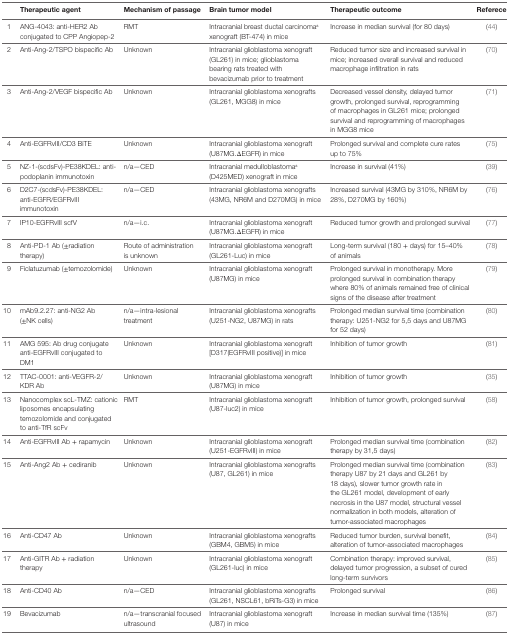
<table><thead><tr><td></td><td><b>Therapeutic agent</b></td><td><b>Mechanism of passage</b></td><td><b>Brain tumor model</b></td><td><b>Therapeutic outcome</b></td><td><b>Referece</b></td></tr></thead><tbody><tr><td>1</td><td>ANG-4043: anti-HER2 Ab conjugated to CPP Angiopep-2</td><td>RMT</td><td>Intracranial breast ductal carcinoma<sup>a</sup> xenograft (BT-474) in mice</td><td>Increase in median survival (for 80 days)</td><td>(44)</td></tr><tr><td>2</td><td>Anti-Ang-2/TSPO bispecific Ab</td><td>Unknown</td><td>Intracranial glioblastoma xenograft (GL261) in mice; glioblastoma bearing rats treated with bevacizumab prior to treatment</td><td>Reduced tumor size and increased survival in mice; increased overall survival and reduced macrophage infiltration in rats</td><td>(70)</td></tr><tr><td>3</td><td>Anti-Ang-2/VEGF bispecific Ab</td><td>Unknown</td><td>Intracranial glioblastoma xenografts (GL261, MGG8) in mice</td><td>Decreased vessel density, delayed tumor growth, prolonged survival, reprogramming of macrophages in GL261 mice; prolonged survival and reprogramming of macrophages in MGG8 mice</td><td>(71)</td></tr><tr><td>4</td><td>Anti-EGFRvIII/CD3 BiTE</td><td>Unknown</td><td>Intracranial glioblastoma xenograft (U87MG.ΔEGFR) in mice</td><td>Prolonged survival and complete cure rates up to 75%</td><td>(75)</td></tr><tr><td>5</td><td>NZ-1-(scdsFv)-PE38KDEL: anti-podoplanin immunotoxin</td><td>n/a—CED</td><td>Intracranial medulloblastoma<sup>a</sup> (D425MED) xenograft in mice</td><td>Increase in survival (41%)</td><td>(39)</td></tr><tr><td>6</td><td>D2C7-(scdsFv)-PE38KDEL: anti-EGFR/EGFRvIII immunotoxin</td><td>n/a—CED</td><td>Intracranial glioblastoma xenografts (43MG, NR6M and D270MG) in mice</td><td>Increased survival (43MG by 310%, NR6M by 28%, D270MG by 160%)</td><td>(76)</td></tr><tr><td>7</td><td>IP10-EGFRvIII scfV</td><td>n/a—i.c.</td><td>Intracranial glioblastoma xenograft (U87MG.ΔEGFR) in mice</td><td>Reduced tumor growth and prolonged survival</td><td>(77)</td></tr><tr><td>8</td><td>Anti-PD-1 Ab (±radiation therapy)</td><td>Route of administration is unknown</td><td>Intracranial glioblastoma xenograft (GL261-Luc) in mice</td><td>Long-term survival (180 + days) for 15–40% of animals</td><td>(78)</td></tr><tr><td>9</td><td>Ficlatuzumab (±temozolomide)</td><td>Unknown</td><td>Intracranial glioblastoma xenograft (U87MG) in mice</td><td>Prolonged survival in monotherapy. More prolonged survival in combination therapy where 80% of animals remained free of clinical signs of the disease after treatment</td><td>(79)</td></tr><tr><td>10</td><td>mAb9.2.27: anti-NG2 Ab (±NK cells)</td><td>n/a—intra-lesional treatment</td><td>Intracranial glioblastoma xenografts (U251-NG2, U87MG) in rats</td><td>Prolonged median survival time (combination therapy: U251-NG2 for 5,5 days and U87MG for 52 days)</td><td>(80)</td></tr><tr><td>11</td><td>AMG 595: Ab drug conjugate anti-EGFRvIII conjugated to DM1</td><td>Unknown</td><td>Intracranial glioblastoma xenograft [D317(EGFRvIII positive)] in mice</td><td>Inhibition of tumor growth</td><td>(81)</td></tr><tr><td>12</td><td>TTAC-0001: anti-VEGFR-2/KDR Ab</td><td>Unknown</td><td>Intracranial glioblastoma xenograft (U87MG) in mice</td><td>Inhibition of tumor growth</td><td>(35)</td></tr><tr><td>13</td><td>Nanocomplex scL-TMZ: cationic liposomes encapsulating temozolomide and conjugated to anti-TfR scFv</td><td>RMT</td><td>Intracranial glioblastoma xenograft (U87-luc2) in mice</td><td>Inhibition of tumor growth, prolonged survival</td><td>(58)</td></tr><tr><td>14</td><td>Anti-EGFRvIII Ab + rapamycin</td><td>Unknown</td><td>Intracranial glioblastoma xenograft (U251-EGFRvIII) in mice</td><td>Prolonged median survival time (combination therapy by 31,5 days)</td><td>(82)</td></tr><tr><td>15</td><td>Anti-Ang2 Ab + cediranib</td><td>Unknown</td><td>Intracranial glioblastoma xenografts (U87, GL261) in mice</td><td>Prolonged median survival time (combination therapy U87 by 21 days and GL261 by 18 days), slower tumor growth rate in the GL261 model, development of early necrosis in the U87 model, structural vessel normalization in both models, alteration of tumor-associated macrophages</td><td>(83)</td></tr><tr><td>16</td><td>Anti-CD47 Ab</td><td>Unknown</td><td>Intracranial glioblastoma xenografts (GBM4, GBM5) in mice</td><td>Reduced tumor burden, survival benefit, alteration of tumor-associated macrophages</td><td>(84)</td></tr><tr><td>17</td><td>Anti-GITR Ab + radiation therapy</td><td>Unknown</td><td>Intracranial glioblastoma xenograft (GL261-luc) in mice</td><td>Combination therapy: improved survival, delayed tumor progression, a subset of cured long-term survivors</td><td>(85)</td></tr><tr><td>18</td><td>Anti-CD40 Ab</td><td>n/a—CED</td><td>Intracranial glioblastoma xenografts (GL261, NSCL61, bRiTs-G3) in mice</td><td>Prolonged survival</td><td>(86)</td></tr><tr><td>19</td><td>Bevacizumab</td><td>n/a—transcranial focused ultrasound</td><td>Intracranial glioblastoma xenograft (U87) in mice</td><td>Increase in median survival time (135%)</td><td>(87)</td></tr></tbody></table>